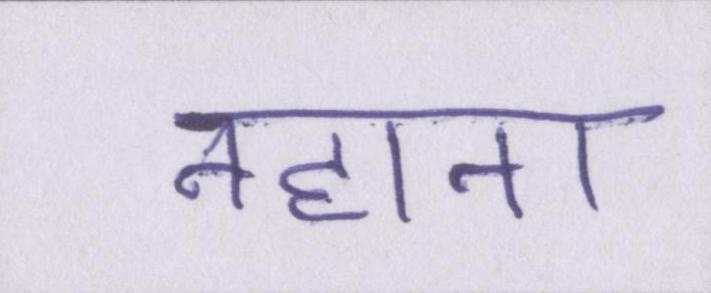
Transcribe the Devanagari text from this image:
नहाना